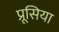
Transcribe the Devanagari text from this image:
प्रूसिया